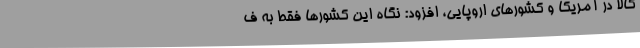
کالا در آمریکا و کشورهای اروپایی، افزود: نگاه این کشورها فقط به ف